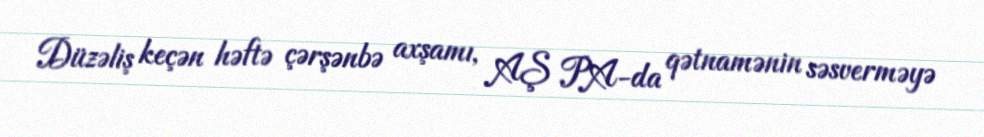
Düzəliş keçən həftə çərşənbə axşamı, AŞ PA-da qətnamənin səsverməyə